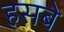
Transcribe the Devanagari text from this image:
हसबे